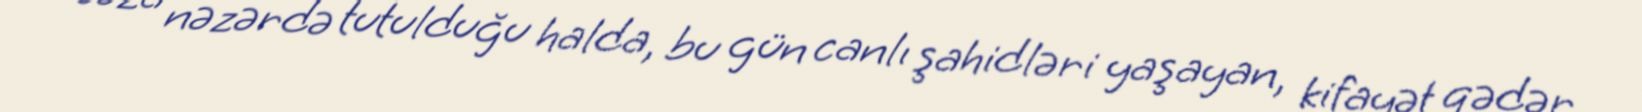
cəza nəzərdə tutulduğu halda, bu gün canlı şahidləri yaşayan, kifayət qədər